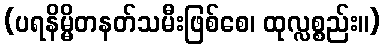
(ပရနိမ္မိတနတ်သမီးဖြစ်စေ၊ ထုလ္လစ္စည်း။)